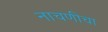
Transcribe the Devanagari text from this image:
नाचणीचा